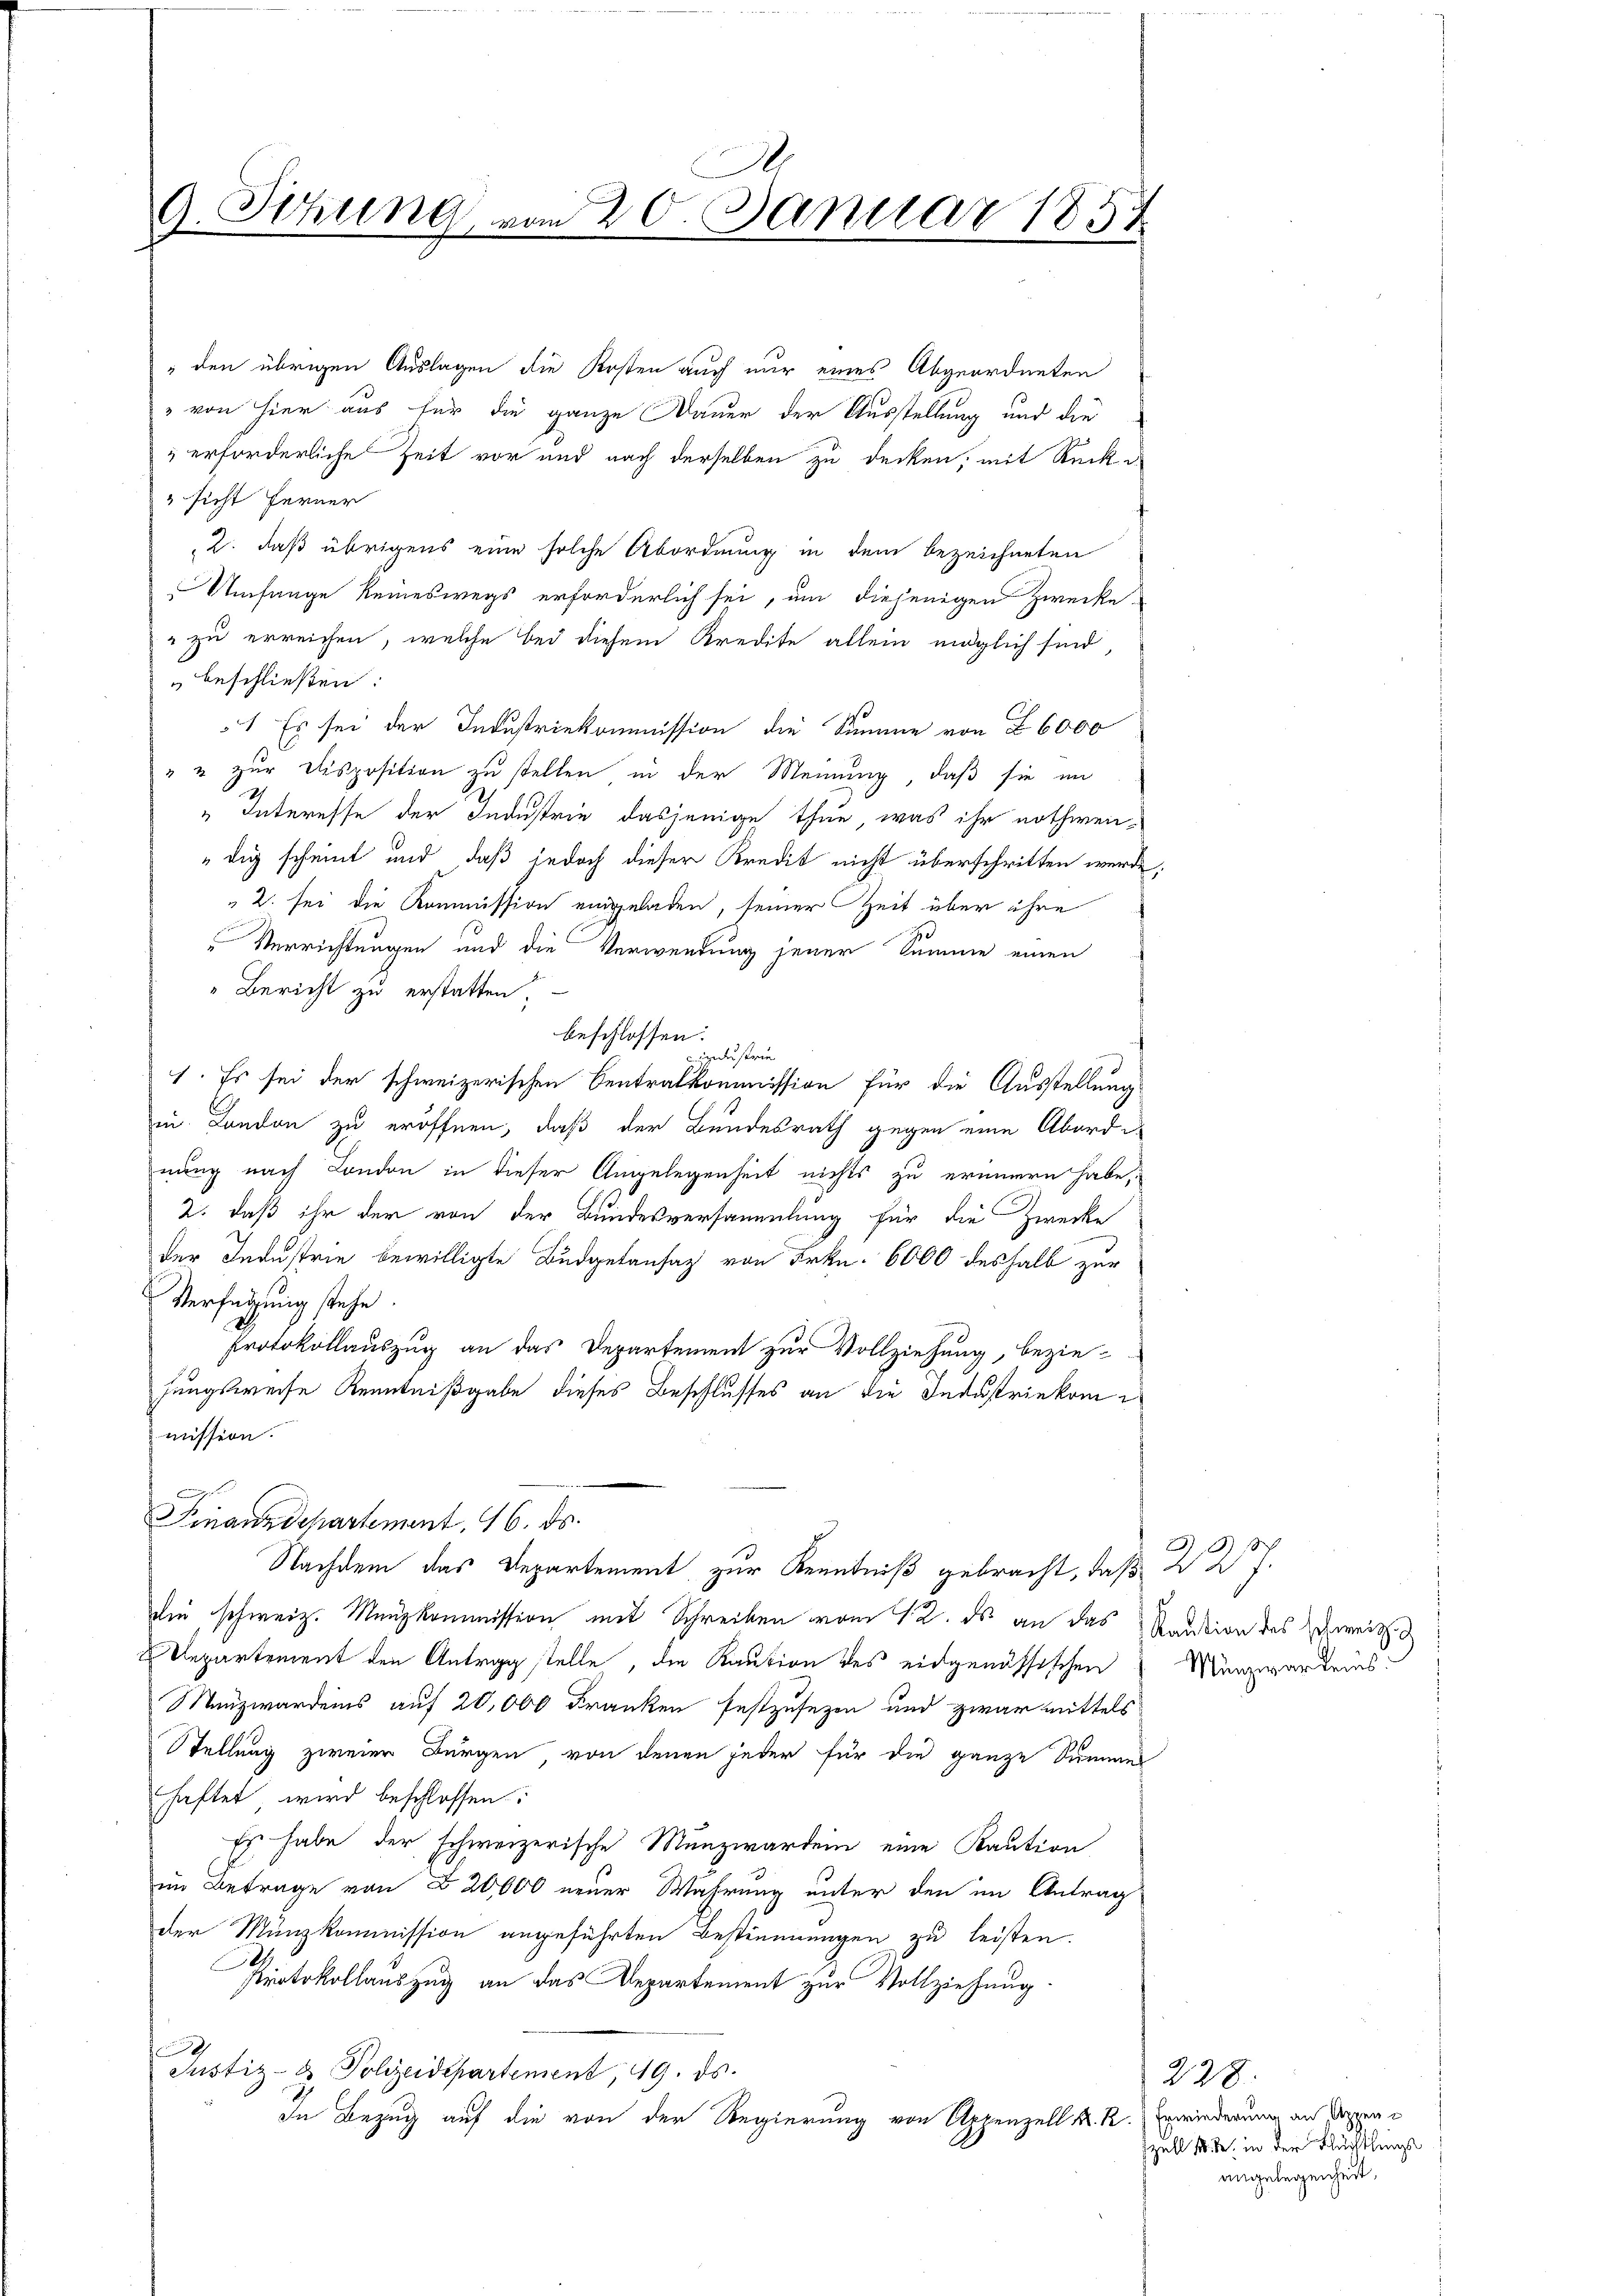
.
9. Sekung vom 20. Januar 1857

" sicht ferner
beschließen:
"Bericht zu erstatten.
Verfügung stehe.
mission.
Finanzdepartement, 16. ds.
Nachdem das Departement zur Kenntniß gebracht, daß 2 Dr J.
die schweiz. Manzkommission mit Schreiben vom 12. ds an das Kaution des Zweitig
Departement den Antrag stelle, die Kaution des eidgenössischen Münzwarteins:
Manzwardens auf 20,000 Franken festzusezen und zwar mittels
Stellung zweier Bürgen von denen jeder für die ganze Summes
haftet, wird beschlossen:
Es habe der schweizerische Munzwardein eine Kaution
im Betrage von § 20,000 neuer Wahrung unter den im Antrag
der Münzkommission angeführten Bestimmungen zu leisten.
Protokollauszug an das Departement zur Vollziehung.
Justiz- & Polizeidepartement, 19. ds.
In Bezug auf die von der Regierung von Appenzell K. R. Erwiederung an Doppen¬

" den übrigen Auslagen die Kosten auch nur eines Abgeordneten
" von hier aus für die ganze Dauer der Ausstellung und die
 erforderliche Zeit vor und nach derselben zu decken, mit Rücke
2. daß übrigens eine solche Abordnung in dem bezeichneten
Umfange keineswegs erforderlich sei, um diejenigen Zwecke
" zu erreichen, welche bei diesem Kredite allein möglich sind,
1 Es sei der Industriekommission die Summe von § 6000
" u zur Disposition zu stellen in der Meinung, daß sie in
" Interesse der Industrie dasjenige thun, was ihr nothwen-
dig scheint und daß jedoch dieser Kredit nicht überschritten werde,
2. sei die Kommission eingeladen, seiner Zeit über ihre
Verrichtungen und die Verwendung jener Summe einen
beschlossen:
industrie
1. Es sei der schweizerischen Centralkommission für die Ausstellung
in Landon zu eröffnen, daß der Bundesrath gegen eine Abordinung nach London in dieser Angelegenheit nichts zu erinnern habe,
2. daß ihr der von der Bundesversammlung für die Zwecke
der Industrie bewilligte Budgetansaz von Frkn. 6000 deshalb zur
Protokollauszug an das Departement zur Vollziehung, bezie-
sungsweise Kenntnißgabe dieses Beschlusses an die Industriekom

228.
szell sode, in der Flüchtlings
angelegenheit.